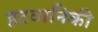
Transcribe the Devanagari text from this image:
हटवानिकी